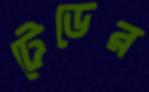
টেডের